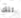
تلك